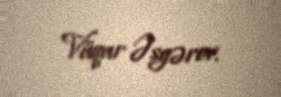
Vüqar Əsgərov.